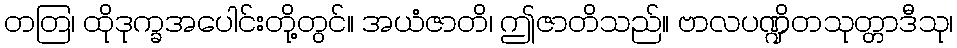
တတြ၊ ထိုဒုက္ခအပေါင်းတို့တွင်။ အယံဇာတိ၊ ဤဇာတိသည်။ ဗာလပဏ္ဍိတသုတ္တာဒီသု၊